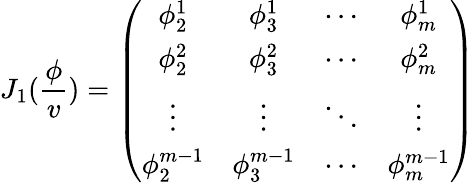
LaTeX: J_{1}(\frac\phi v)=\left(\begin{array}{cccc}{{\phi_{2}^{1}}}&{{\phi_{3}^{1}}}&{{\cdots}}&{{\phi_{m}^{1}}}\\ {{\phi_{2}^{2}}}&{{\phi_{3}^{2}}}&{{\cdots}}&{{\phi_{m}^{2}}}\\ {{\vdots}}&{{\vdots}}&{{\ddots}}&{{\vdots}}\\ {{\phi_{2}^{m-1}}}&{{\phi_{3}^{m-1}}}&{{\cdots}}&{{\phi_{m}^{m-1}}}\end{array}\right)